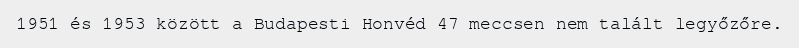
1951 és 1953 között a Budapesti Honvéd 47 meccsen nem talált legyőzőre.